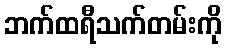
ဘက်ထရီသက်တမ်းကို